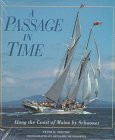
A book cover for A Passage in Time: Along the Coast of Maine by Schooner; Peter H. Spectre; Travel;